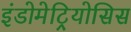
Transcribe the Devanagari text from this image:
इंडोमेट्रियोसिस